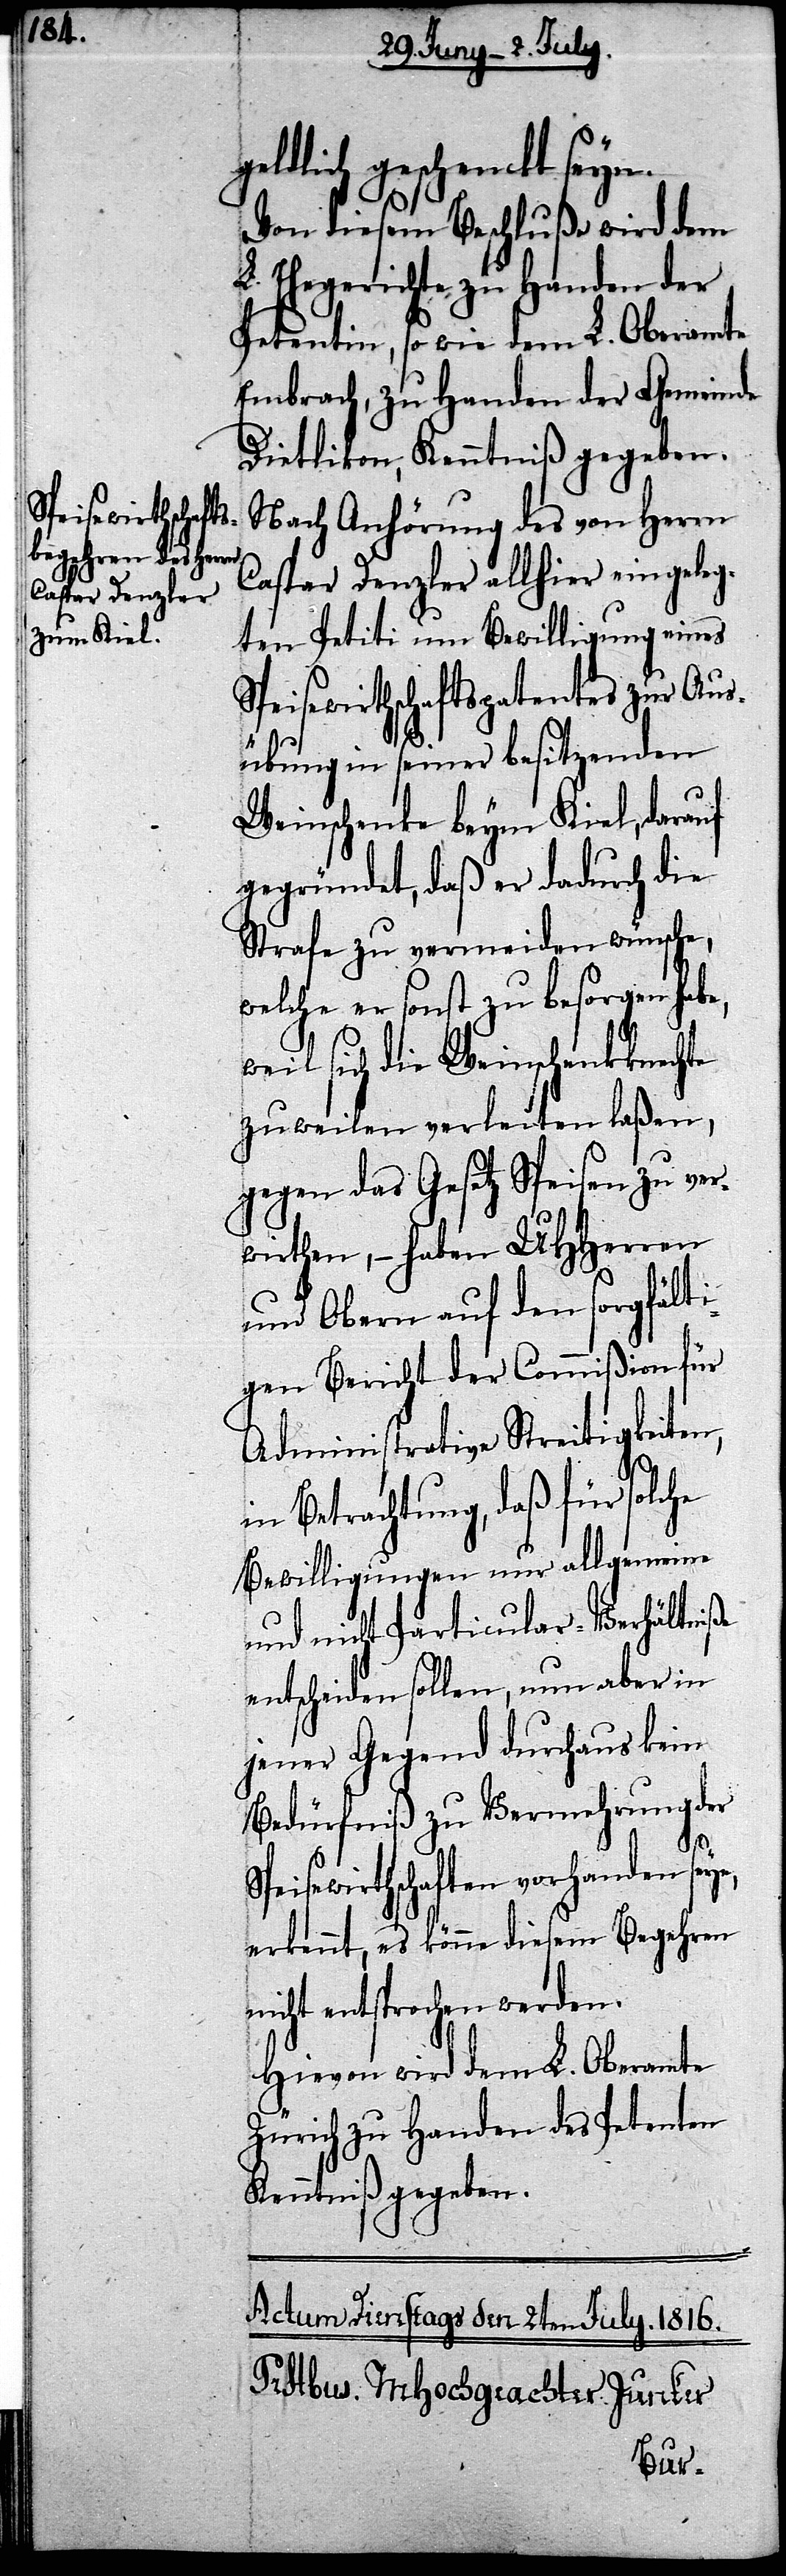
geldlich geschenckt seyn.
Von diesem Beschluße wird dem
L. Ehegerichte zu Handen der
Petentin, so wie dem L. Oberamte
Embrach, zu Handen der Gemeinde
Dietlikon, Kenntniß gegeben.
Nach Anhörung des von Herrn
Caspar Denzler allhier eingeleg¬
ten Petiti um Bewilligung eines
Speisewirthschaftspatentes zur Aus¬
übung in seiner besitzenden
Weinschenke beym Kiel, darauf
gegründet, daß er dadurch die
Strafe zu vermeiden wünsche,
welche er sonst zu besorgen habe,
weil sich die Weinschenkknechte
zuweilen verleiten laßen,
gegen das Gesetz Speisen zu ver¬
wirthen, – haben UHHerren
und Obern auf den sorgfälti¬
gen Bericht der Commißion für
Administrative Streitigkeiten,
in Betrachtung, daß für solche
Bewilligungen nur allgemeine
und nicht Particular-Verhältniße
entscheiden sollen, nun aber in
jener Gegend durchaus kein
Bedürfniß zu Vermehrung der
Speisewirthschaften vorhanden seye,
erkennt, es könne diesem Begehren
nicht entsprochen werden.
Hievon wird dem L. Oberamte
Zürich zu Handen des Petenten
Kenntniß gegeben.